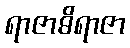
ရာဇာဓိရာဇာ